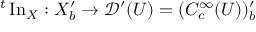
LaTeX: { } ^ { t } \operatorname { I n } _ { X } : X _ { b } ^ { \prime } \to { \mathcal { D } } ^ { \prime } ( U ) = ( C _ { c } ^ { \infty } ( U ) ) _ { b } ^ { \prime }